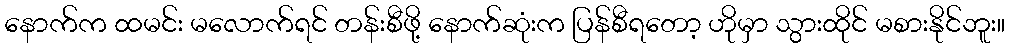
နောက်က ထမင်း မလောက်ရင် တန်းစီဖို့ နောက်ဆုံးက ပြန်စီရတော့ ဟိုမှာ သွားထိုင် မစားနိုင်ဘူး။